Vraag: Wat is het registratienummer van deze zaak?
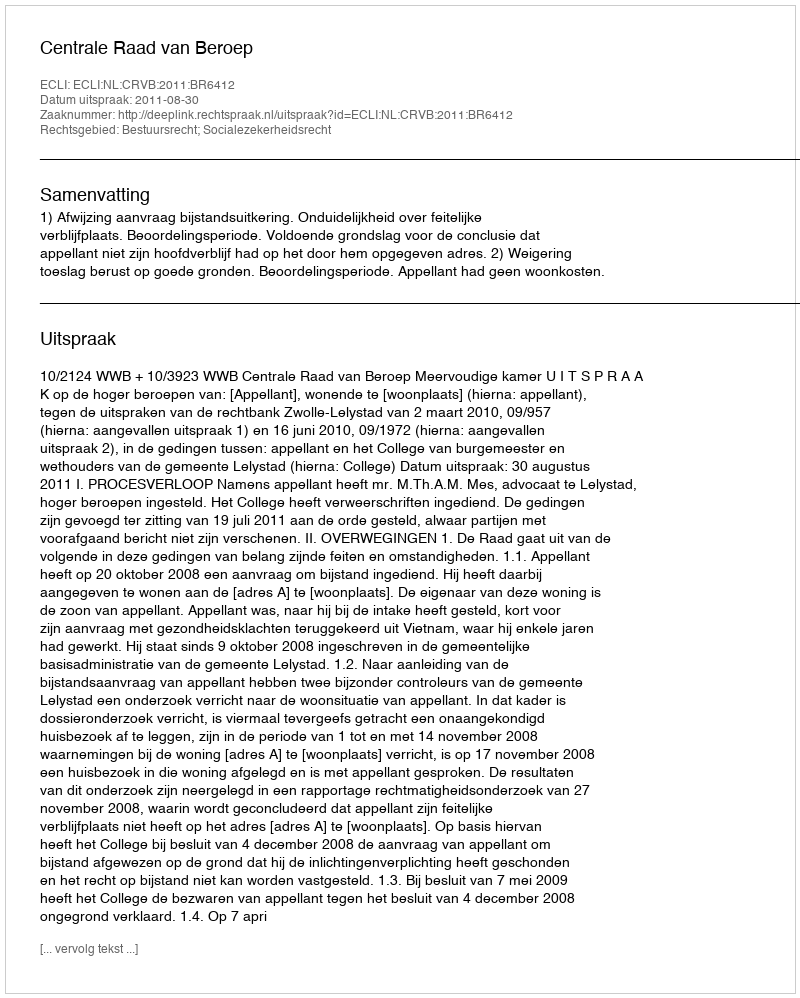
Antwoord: http://deeplink.rechtspraak.nl/uitspraak?id=ECLI:NL:CRVB:2011:BR6412